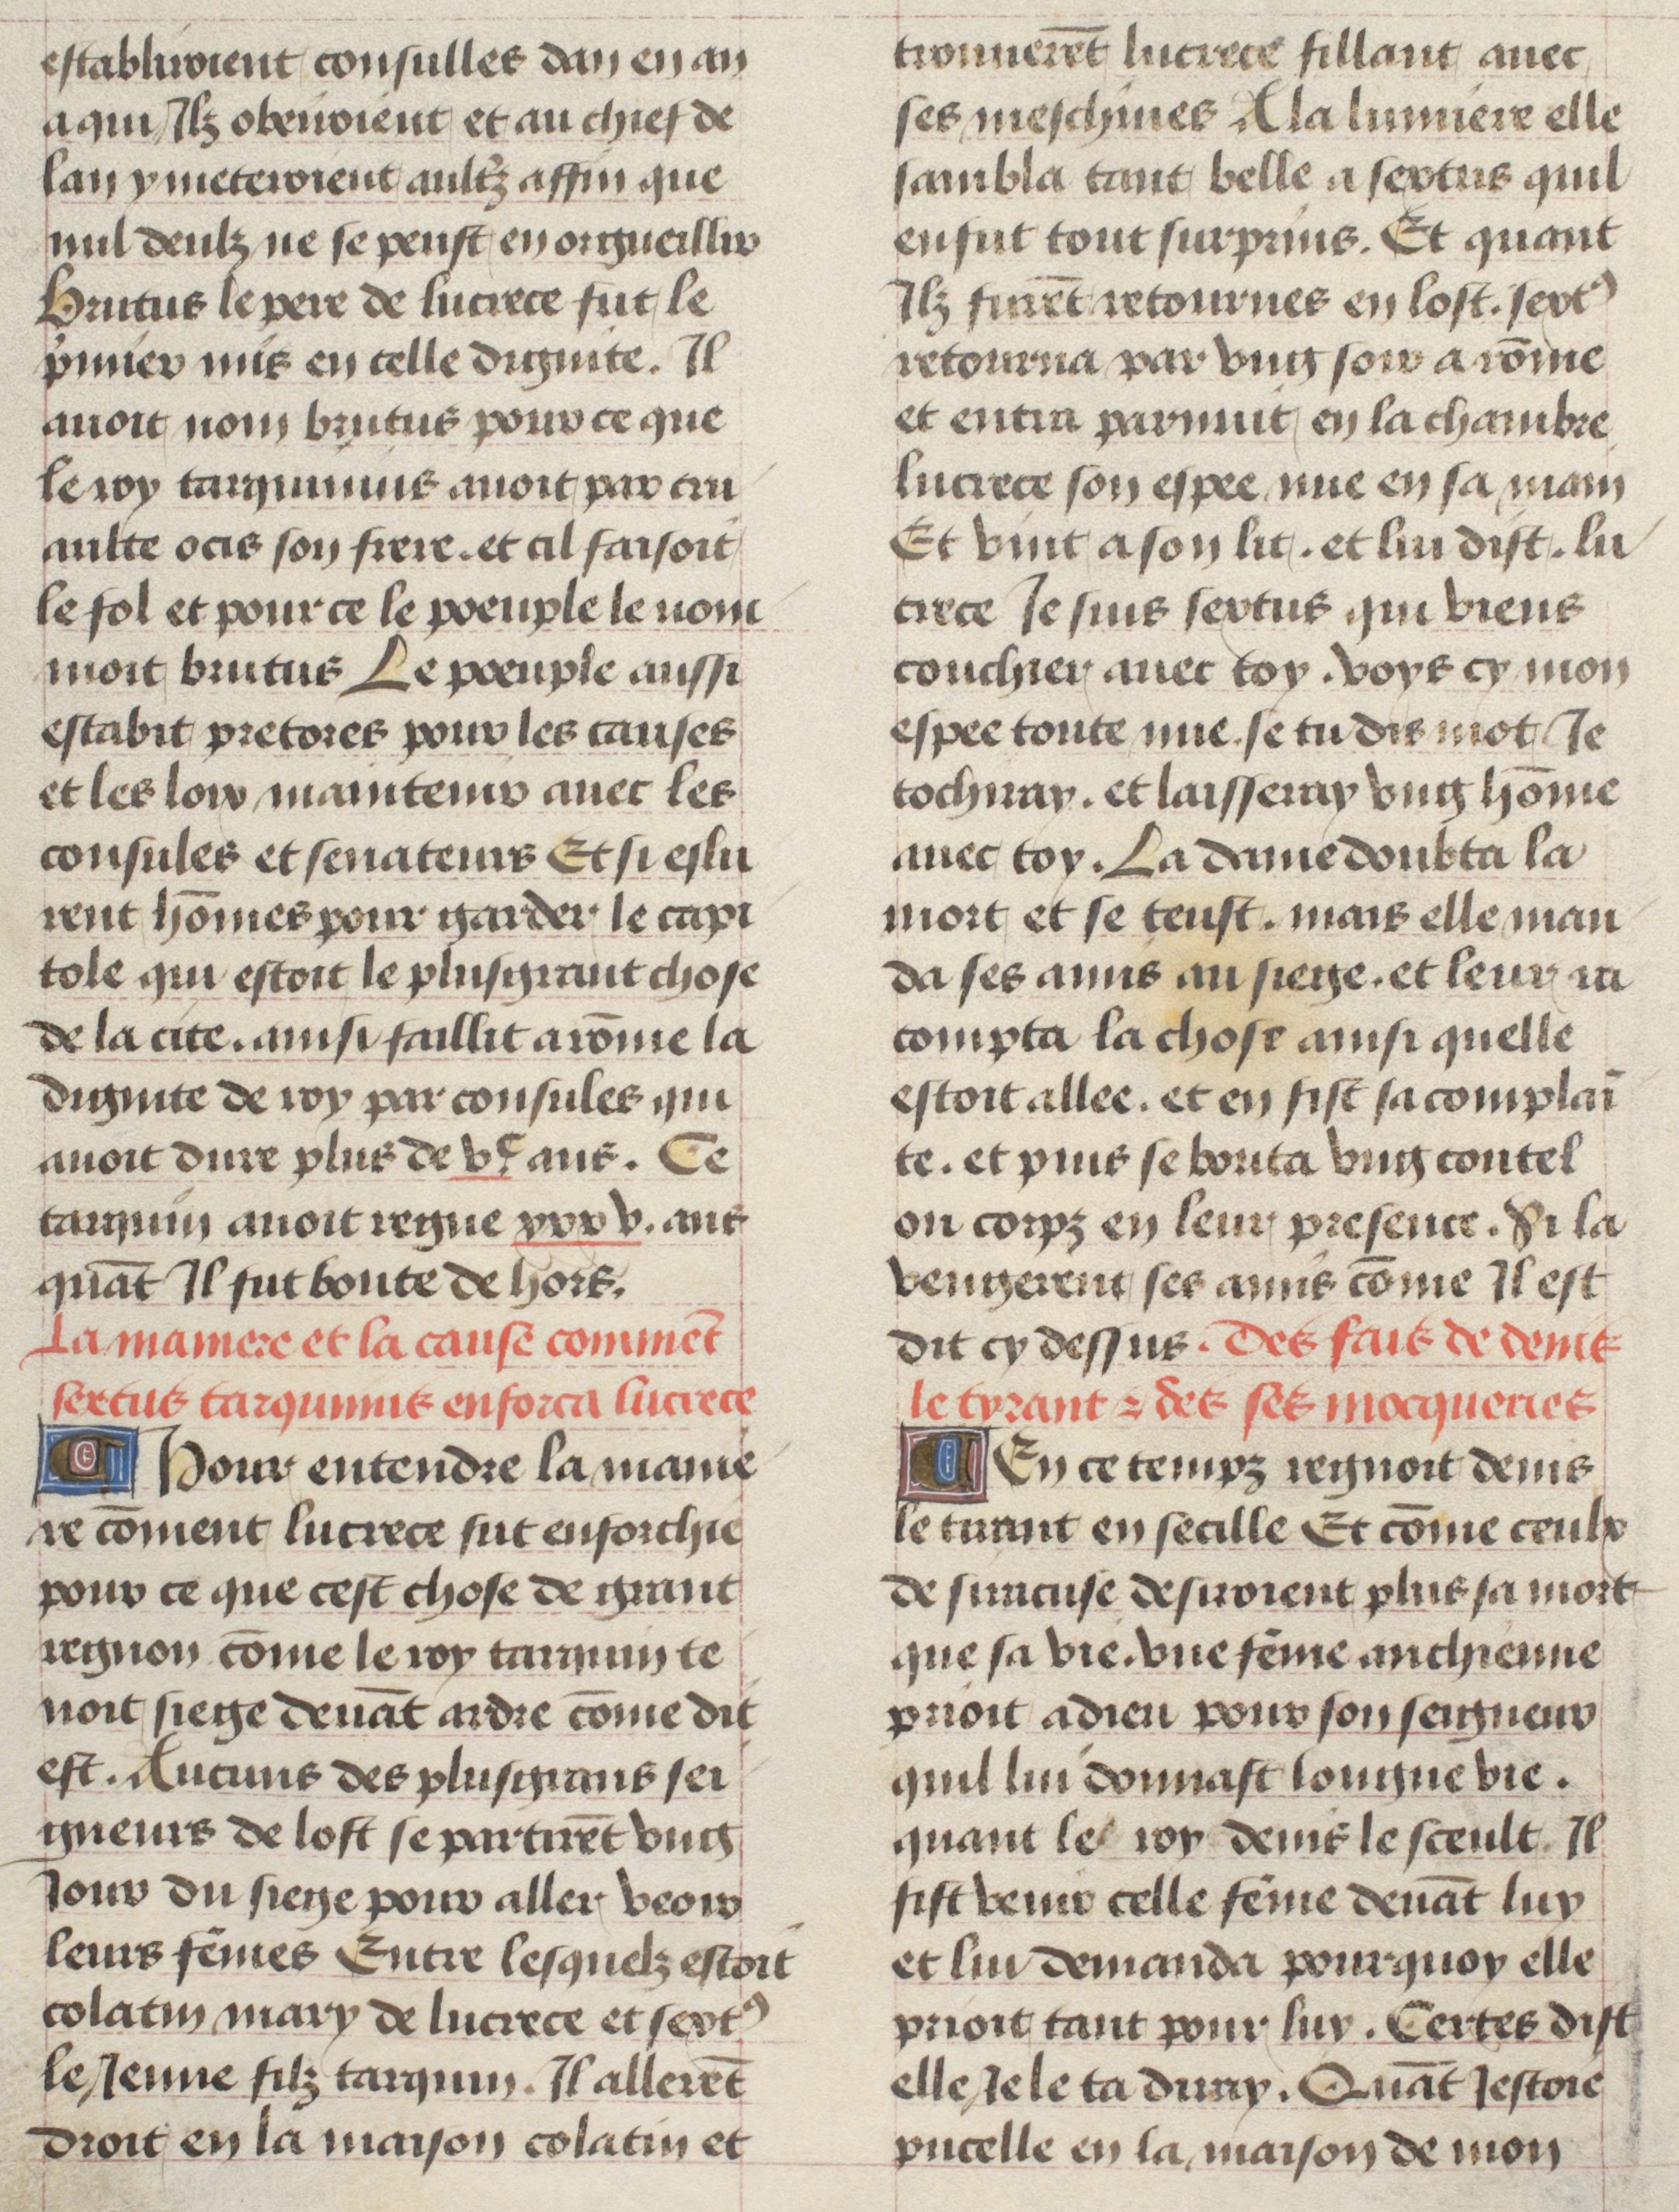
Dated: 1475–1485